Vaccination in Bombay 1863-1868 - 1863-1868
Year: 1863
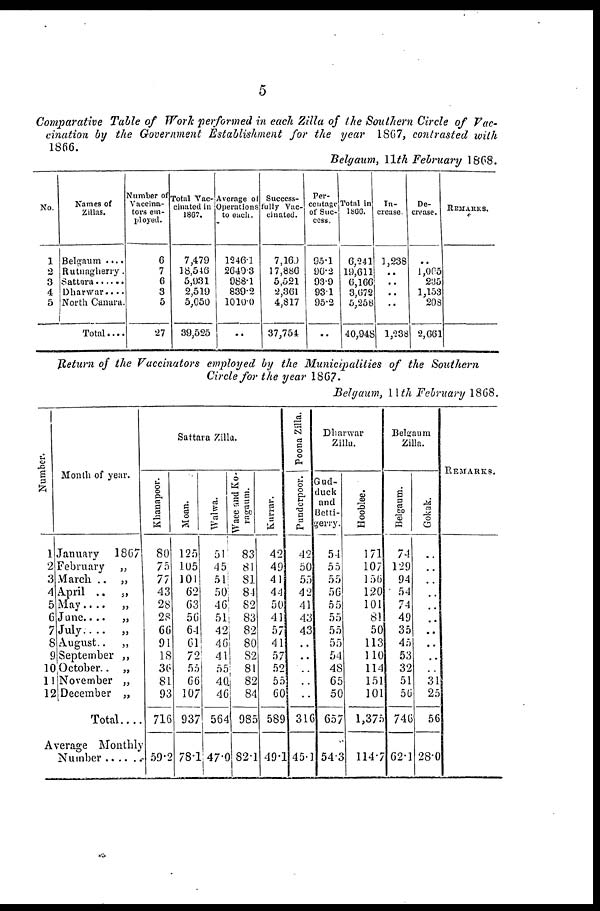
5
Comparative Table of Work performed in each Zilla of the Southern Circle of Vac-
cination by the Government Establishment for the year 1867, contrasted with
1866.
Belgaum, 11th February 1868.
No.
1
2
3
4
5
Names of
Zillas.
Belgaum ....
Rutnagherry.
Sattara......
Dharwar....
North Canara.
Total ....
Number of
Vaccina-
tors em-
ployed.
6
7
6
3
5
27
Total Vac-
cinated in
1867.
7,479
18,546
5,931
2,519
5,050
39,525
Average of
Operations
to each.
1246.1
2649.3
988.1
839.2
1010.0
..
Success-
fully Vac-
cinated.
7,160
17,886
5,521
2,361
4,817
37,754
Per-
centage
of Suc-
cess.
95.1
96.2
93.9
93.1
95.2
..
Total in
1866.
6,241
19,611
6,166
3,672
5,258
40,948
In-
crease.
1,238
..
..
..
..
1,238
De-
crease.
..
1,065
235
1,153
208
2,661
REMARKS.
Return of the Vaccinators employed by the Municipalities of the Southern
Circle for the year 1867.
Belgaum, 11th February 1868.
Number.
1
2
3
4
5
6
7
8
9
10
11
12
Month of year.
January
1867
February
„
March .. „
April .. „
May.... „
June....
„
July.. .. „
August..
„
September „
October.. „
November „
December „
Total....
Average Monthly
Number
Sattara Zilla.
Khanapoor.
80
75
77
43
28
28
66
91
18
36
81
93
716
59.2
Moan.
125
105
101
62
63
56
64
61
72
55
66
107
937
78.1
Walwa.
51
45
51
50
46
51
42
46
41
55
40
46
564
47.0
Waee and Ko-
ragaum.
83
81
81
84
82
83
82
80
82
81
82
84
985
82.1
Kurrar.
42
49
41
44
50
41
57
41
57
52
55
60
589
49.1
Poona Zilla.
Punderpoor.
42
50
55
42
41
43
43
..
..
..
..
..
316
45.1
Dharwar
Zilla.
Gud-
duck
and
Betti-
gerry.
54
55
55
56
55
55
55
55
54
48
65
50
657
54.3
Hooblee.
171
107
156
120
101
81
50
113
110
114
151
101
1,375
114.7
Belgaum
Zilla.
Belgaum.
74
129
94
54
74
49
35
45
53
32
51
56
746
62.1
Gokak.
..
..
..
..
..
..
..
..
..
..
31
25
56
28.0
REMARKS.